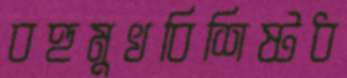
বহুমুখবিশিষ্টধ